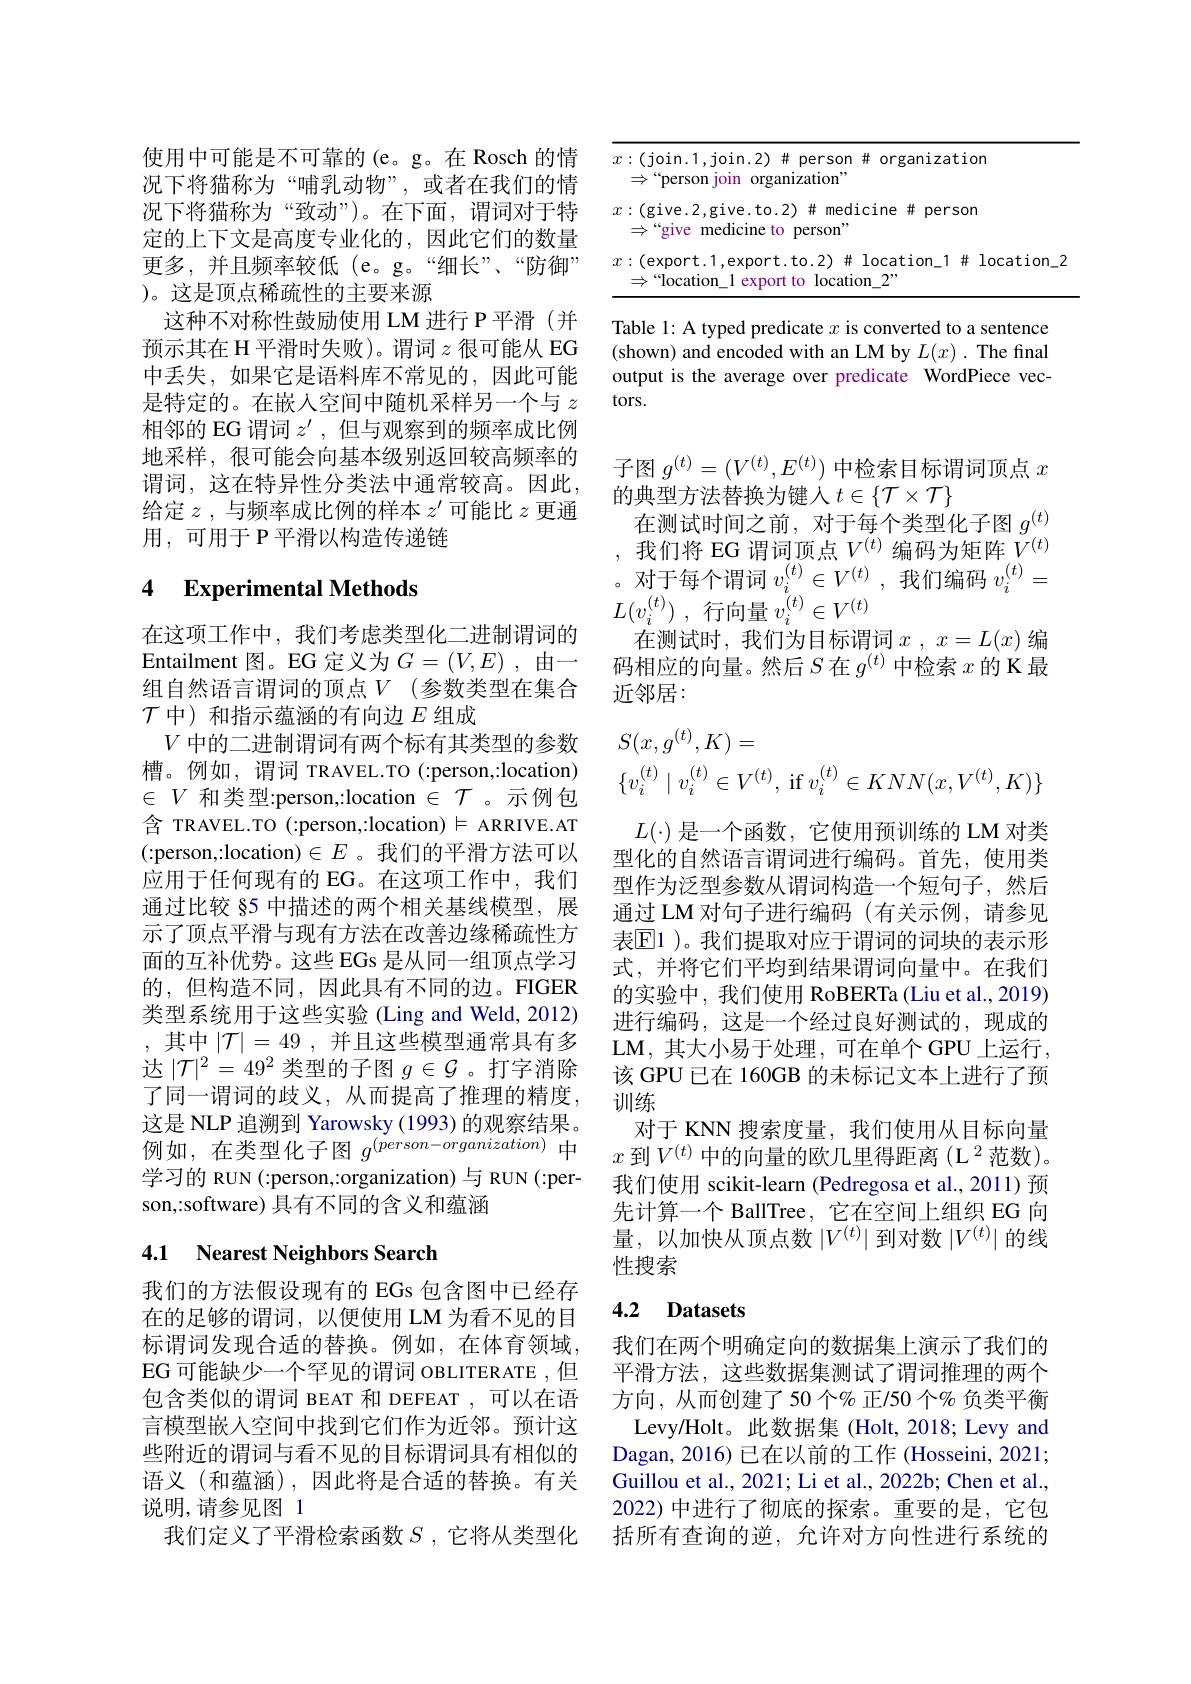
<table>
	<tbody>
		<tr>
			<td>$x$</td>
			<td>:(join.1,join.2)# person # organization $\Rightarrow“$person join organization" </td>
		</tr>
		<tr>
			<td>$x$</td>
			<td>$(give.2,give.to.2)\#medicine person$ $\Rightarrow“$ 一 “give medicine to person"</td>
		</tr>
		<tr>
			<td>$x$</td>
			<td>:(export.1,export.to.2)# location\_1# location\_2 $>“]_{\mathrm{ocation~1}}$ 11 exnort to 1 $location~2”$</td>
		</tr>
	</tbody>
</table>

Table 1: A typed predicate $x$ is converted to a sentence (shown) and encoded with an LM by $L(x).$ The final output is the average over predicate WordPiece vectors.

子图$g^(t)=(V^{(t)},E^{(t)})$中检索目标谓词顶点$x$
的典型方法替换为键入$t\in\{\mathcal{T}\times\mathcal{T}\}$
在测试时间之前，对于每个类型化子图$g^{(t)}$ ,我们将 EG 谓词顶点$V^{(t)}$编码为矩阵$V^{(t)}$ 。对于每个谓词$v_i^{(t)}\in V^{(t)}$,我们编码$v_i^{(t)}=$ $L( v_i^{( t) })$ ,行向量$v_i^(t)\in V^(t)$
在测试时，我们为目标谓词$x$ , $x= L( x)$ 编码相应的向量。然后$S$在$g^(t)$中检索$x$的K最近邻居：

使用中可能是不可靠的(e。g。在 Rosch 的情况下将猫称为“哺乳动物”,或者在我们的情况下将猫称为“致动”)。在下面，谓词对于特定的上下文是高度专业化的，因此它们的数量更多，并且频率较低(e。g。“细长”、“防御”

)。这是顶点稀疏性的主要来源

这种不对称性鼓励使用 LM 进行 P 平滑 (并预示其在 H 平滑时失败)。谓词$z$很可能从 EG 中丢失，如果它是语料库不常见的，因此可能是特定的。在嵌入空间中随机采样另一个与$z$ 相邻的 EG 谓词$z^\prime$,但与观察到的频率成比例地采样，很可能会向基本级别返回较高频率的谓词，这在特异性分类法中通常较高。因此， 给定$z$ ,与频率成比例的样本$z^\prime$可能比$z$更通用，可用于 P 平滑以构造传递链

## 4 Experimental Methods

在这项工作中，我们考虑类型化二进制谓词的Entailment 图。EG 定义为$G=(V,E)$ ,由一组自然语言谓词的顶点$V$(参数类型在集合$\mathcal{T}$中) 和指示蕴涵的有向边$E$组成
$V$中的二进制谓词有两个标有其类型的参数槽。例如，谓词 TRAVEL.TO (:person,:location) $\in V$和类型：person,:location $\in\mathcal{T}$ 。示例包含 TRAVEL.TO (:person,:location) $\vDash$ ARRIVE.AT (:person,:location)$\in E$ 。我们的平滑方法可以应用于任何现有的 EG。在这项工作中，我们通过比较 85 中描述的两个相关基线模型，展示了顶点平滑与现有方法在改善边缘稀疏性方面的互补优势。这些 EGs 是从同一组顶点学习的，但构造不同，因此具有不同的边。FIGER 类型系统用于这些实验 (Ling and Weld, 2012) ,其中$| \mathcal{T} | = 49$ , 并且这些模型通常具有多达$|\mathcal{T}|^2=49^2$类型的子图$g\in\mathcal{G}$ 。打字消除了同一谓词的歧义，从而提高了推理的精度， 这是 NLP 追溯到 Yarowsky (1993) 的观察结果。例如，在类型化子图$g^(person-organization)$中学习的 RUN (:person,:organization) 与 RUN (:person,:software) 具有不同的含义和蕴涵

## 4.1 Nearest Neighbors Search

我们的方法假设现有的 EGs 包含图中已经存在的足够的谓词，以便使用 LM 为看不见的目标谓词发现合适的替换。例如，在体育领域， EG 可能缺少一个罕见的谓词 OBLITERATE ,但包含类似的谓词 BEAT 和 DEFEAT ,可以在语言模型嵌人空间中找到它们作为近邻。预计这些附近的谓词与看不见的目标谓词具有相似的语义 (和蕴涵),因此将是合适的替换。有关说明，请参见图 1
我们定义了平滑检索函数$S$ ,它将从类型化
$$\begin{aligned}&S(x,g^{(t)},K)=\\&\{v_{i}^{(t)}\mid v_{i}^{(t)}\in V^{(t)},\:\mathrm{if}\:v_{i}^{(t)}\in KNN(x,V^{(t)},K)\}\end{aligned}$$
$L(\cdot)$是一个函数，它使用预训练的 LM 对类型化的自然语言谓词进行编码。首先，使用类型作为泛型参数从谓词构造一个短句子，然后通过 LM 对句子进行编码 (有关示例，请参见表$\mathbb{E}$1 )。我们提取对应于谓词的词块的表示形式，并将它们平均到结果谓词向量中。在我们的实验中，我们使用 RoBERTa (Liu et al., 2019) 进行编码，这是一个经过良好测试的，现成的LM,其大小易于处理，可在单个GPU 上运行， 该 GPU 已在 160GB 的未标记文本上进行了预训练
对于 KNN 搜索度量，我们使用从目标向量$x$ 到$V^{(t)}$ 中的向量的欧几里得距离(L$^2$范数)。我们使用 scikit-learn (Pedregosa et al., 2011) 预先计算一个 BallTree, 它在空间上组织 EG 向量，以加快从顶点数$|V^(t)|$到对数$|V^(t)|$的线性搜索

# 4.2 Datasets

我们在两个明确定向的数据集上演示了我们的平滑方法，这些数据集测试了谓词推理的两个方向，从而创建了50个%正/50个%负类平衡Levy/Holt。此数据集 (Holt, 2018; Levy and
Dagan, 2016) 已在以前的工作 (Hosseini, 2021; Guillou et al., 2021; Li et al., 2022b; Chen et al., 2022) 中进行了彻底的探索。重要的是，它包括所有查询的逆，允许对方向性进行系统的